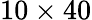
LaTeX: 10\times 40